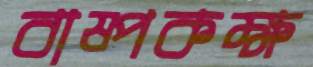
বাষ্পকক্ষ